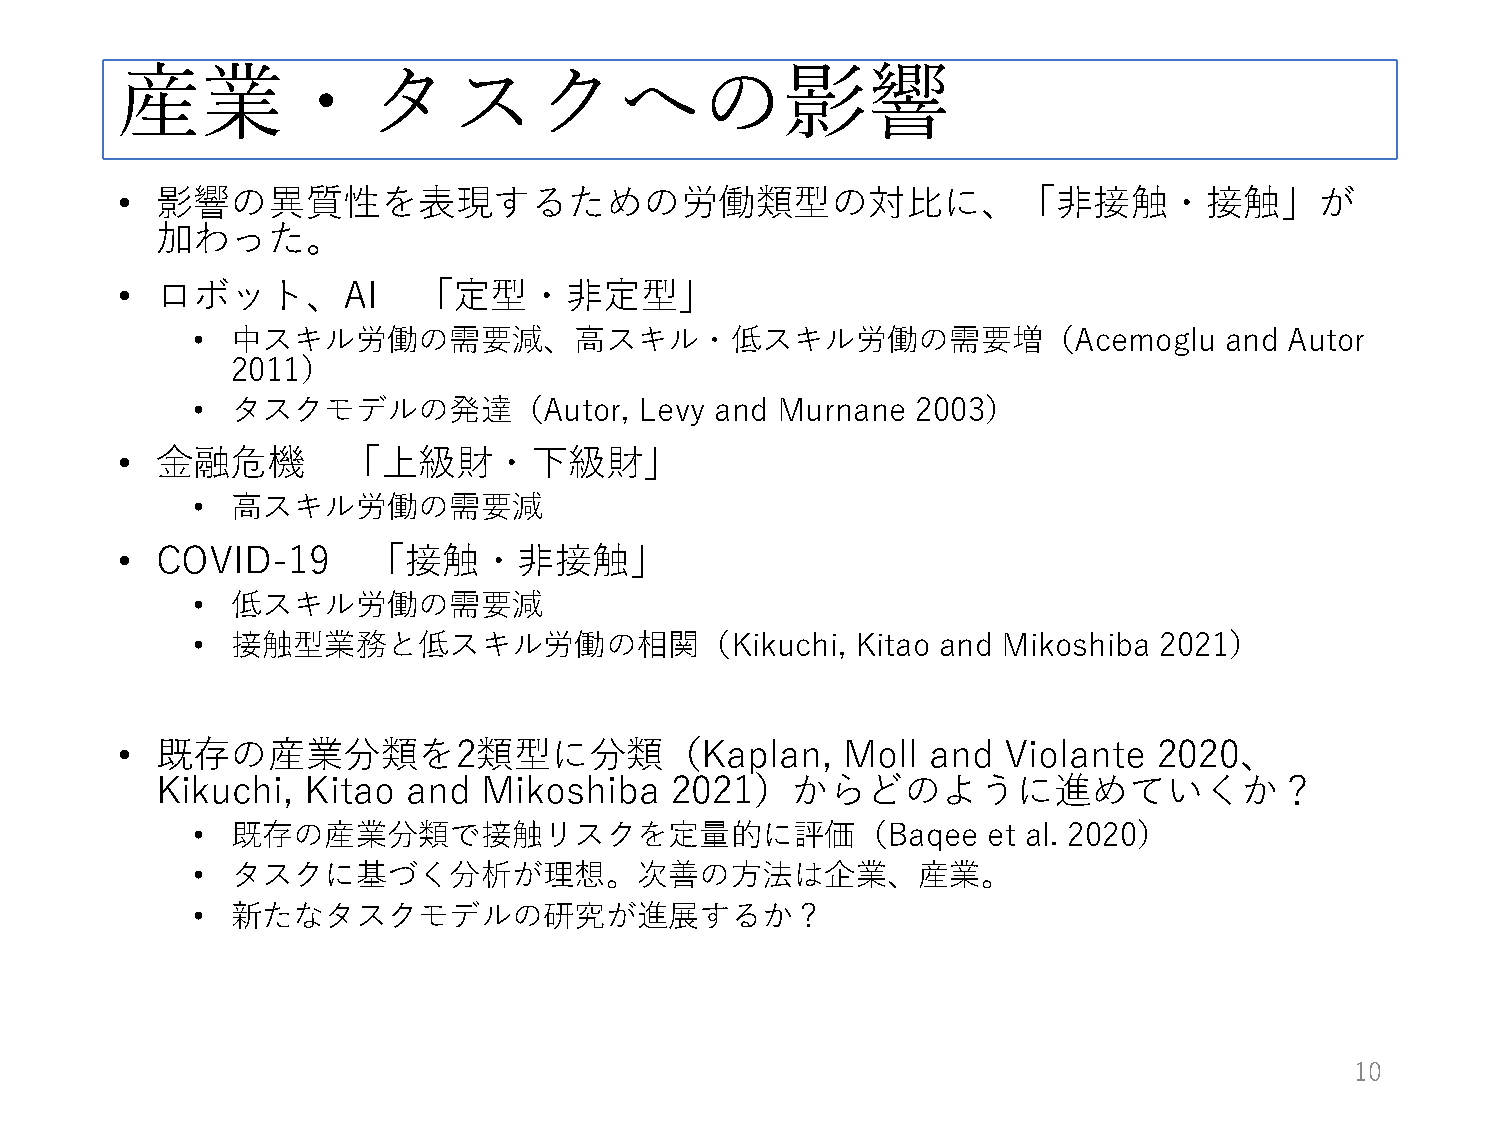
産業・タスクへの影響
 • 影響の異質性を表現するための労働類型の対比に、「非接触・接触」が
 加わった。
 • ロボット、AI           「定型・非定型」
 • 中スキル労働の需要減、高スキル・低スキル労働の需要増（Acemoglu                               and Autor
 2011）
 • タスクモデルの発達（Autor,           Levy and Murnane   2003）
 • 金融危機         「上級財・下級財」
 • 高スキル労働の需要減
 • COVID-19      「接触・非接触」
 • 低スキル労働の需要減
 • 接触型業務と低スキル労働の相関（Kikuchi,                  Kitao and Mikoshiba 2021）
 • 既存の産業分類を2類型に分類（Kaplan,                        Moll  and Violante   2020、
 Kikuchi,  Kitao  and  Mikoshiba   2021）からどのように進めていくか？
 • 既存の産業分類で接触リスクを定量的に評価（Baqee                        et al. 2020）
 • タスクに基づく分析が理想。次善の方法は企業、産業。
 • 新たなタスクモデルの研究が進展するか？
 10